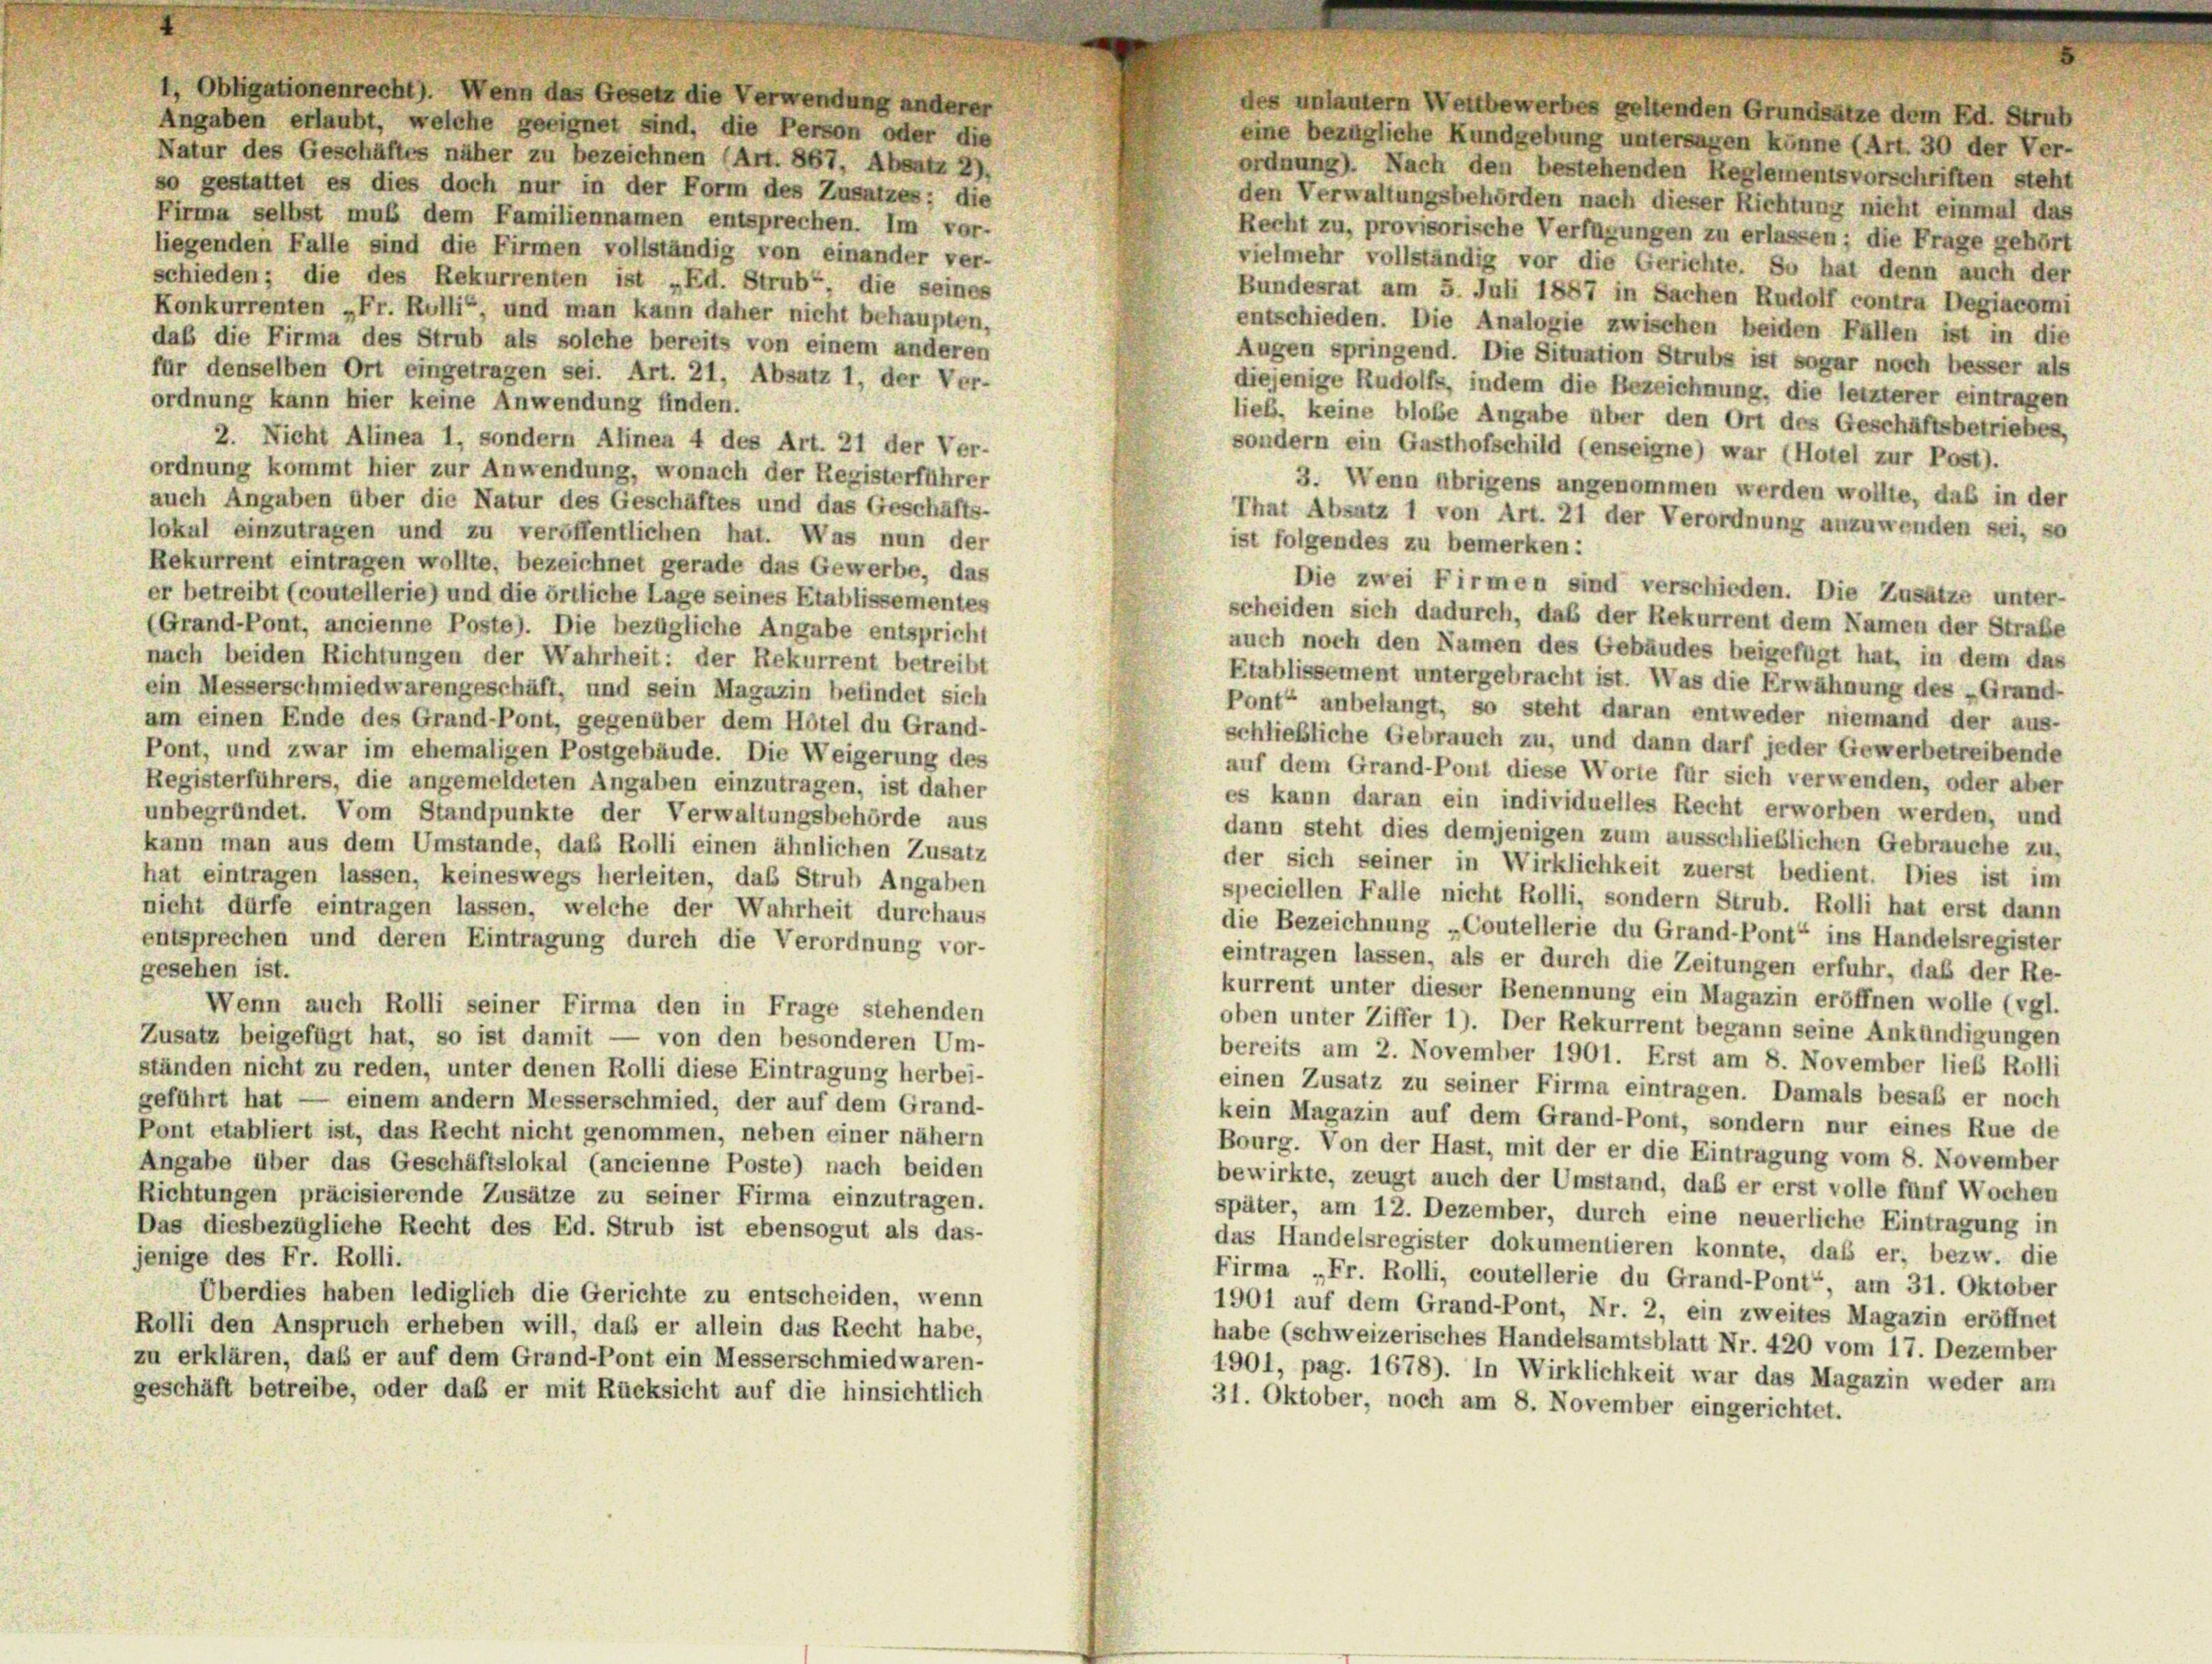
1, Obligationenrecht). Wenn das Gesetz die Verwendung anderer
Angaben erlaubt, welche geeignet sind, die Person oder die
Natur des Geschäftes näher zu bezeichnen (Art. 867, Absatz 2),
so gestattet es dies doch nur in der Form des Zusatzes: die
den Verwaltungsbehörden nach dieser Richtung nicht einmal das
Firma selbst muß dem Familiennamen entsprechen. Im vor-
Recht zu, provisorische Verfügungen zu erlassen; die Frage gehört
liegenden Falle sind die Firmen vollständig von einander ver-
vielmehr vollständig vor die Gerichte. So hat denn auch der
schieden; die des Rekurrenten ist „Ed. Strub“, die seines
Bundesrat am 5. Juli 1887 in Sachen Rudolf contra Degiacomi
Konkurrenten „Fr. Rulli“, und man kann daher nicht behaupten,
entschieden. Die Analogie zwischen beiden Fällen ist in die
daß die Firma des Strub als solche bereits von einem anderen
Augen springend. Die Situation Strubs ist sogar noch besser als
für denselben Ort eingetragen sei. Art. 21, Absatz 1, der Ver-
diejenige Rudolfs, indem die Bezeichnung, die letzterer eintragen
ordnung kann hier keine Anwendung finden.
lieb, keine blose Angabe über den Ort des Geschäftsbetriebes,
2. Nicht Alinea 1, sondern Afinea 4 des Art. 21 der Ver-
sondern ein Gasthofschild (enseigne) war (Hotel zur Post).
ordnung kommt hier zur Anwendung, wonach der Registerführer
3. Wenn übrigens angenommen werden wollte, daß in der
auch Angaben über die Natur des Geschäftes und das Geschäfts-
That Absatz 1 von Art. 21 der Verordnung anzuwenden sei, so
lokal einzutragen und zu veröffentlichen hat. Was nun der
ist folgendes zu bemerken:
Rekurrent eintragen wollte, bezeichnet gerade das Gewerbe, das
Die zwei Firmen sind verschieden. Die Zusätze unter-
er betreibt (coutellerie) und die örtliche Lage seines Etablissementes
scheiden sich dadurch, daß der Rekurrent dem Namen der Straße
(Grand-Pont, ancienne Poste). Die bezügliche Angabe entspricht
auch noch den Namen des Gebäudes beigefügt hat, in dem das
nach beiden Richtungen der Wahrheit: der Rekurrent betreibt
Etablissement untergebracht ist. Was die Erwähnung des „Grand-
ein Messerschmiedwarengeschäft, und sein Magazin befindet sich
Pont anbelangt, so steht daran entweder niemand der aus-
am einen Ende des Grand-Pont, gegenüber dem Hôtel du Grand-
schließliche Gebrauch zu, und dann darf jeder Gewerbetreibende
Pont, und zwar im ehemaligen Postgebäude. Die Weigerung des
auf dem Grand-Pout diese Worte für sich verwenden, oder aber
Registerführers, die angemeldeten Angaben einzutragen, ist daher
es kann daran ein individuelles Recht erworben werden, und
unbegründet. Vom Standpunkte der Verwaltungsbehörde aus
dann steht dies demjenigen zum ausschließlichen Gebrauche zu,
kann man aus dem Umstände, das Rolli einen ähnlichen Zusatz
der sich seiner in Wirklichkeit zuerst bedient. Dies ist im
hat eintragen lassen, keineswegs herleiten, das Strub Angaben
speciellen Falle nicht Rolli, sondern Strub. Rolli hat erst dann
nieht dürfe eintragen lassen, welche der Wahrheit durchaus
die Bezeichnung „Coutellerie du Grand-Pont“ ins Handelsregister
entsprechen und deren Eintragung durch die Verordnung vor-
eintragen lassen, als er durch die Zeitungen erfuhr, daß der Re-
gesehen ist.
kurrent unter dieser Benennung ein Magazin eröffnen wolle (vgl.
Wenn auch Rolli seiner Firma den in Frage stehenden
oben unter Ziffer 1). Der Rekurrent begann seine Ankündigungen
Zusatz beigefügt hat, so ist damit -
von den besonderen Um-
bereits am 2. November 1901. Erst am 8. November lieb Rolli
ständen nicht zu reden, unter denen Rolli diese Eintragung herbei-
einen Zusatz zu seiner Firma eintragen. Damals besaß er noch
geführt hat — einem andern Messerschmied, der auf dem Grand-
kein Magazin auf dem Grand-Pont, sondern nur eines Rue de
Pont etabliert ist, das Recht nicht genommen, neben einer nähern
Bourg. Von der Hast, mit der er die Eintragung vom 8. November
Angabe über das Geschäftslokal (ancienne Poste) nach beiden
bewirkte, zeugt auch der Umstand, daß er erst volle fünf Wochen
Richtungen präcisierende Zusätze zu seiner Firma einzutragen.
später, am 12. Dezember, durch eine neuerliche Eintragung in
Das diesbezügliche Recht des Ed. Strub ist ebensogut als das-
das Handelsregister dokumentieren konnte, daß er, bezw. die
jenige des Fr. Rolli.
Firma „Fr. Rolli, coutellerie du Grand-Pont“, am 31. Oktober
Überdies haben lediglich die Gerichte zu entscheiden, wenn
1901 auf dem Grand-Pont, Nr. 2, ein zweites Magazin eröffnet
Rolli den Anspruch erheben will, daß er allein das Recht habe,
habe (schweizerisches Handelsamtsblatt Nr. 420 vom 17. Dezember
zu erklären, daß er auf dem Grand-Pont ein Messerschmied waren-
1901, pag. 1678). In Wirklichkeit war das Magazin weder am
geschäft betreibe, oder daß er mit Rücksicht auf die hinsichtlich
31. Oktober, noch am 8. November eingerichtet.

des unlautern Wettbewerbes geltenden Grundsätze dem Ed. Strub
eine bezügliche Kundgebung untersagen könne (Art. 30 der Ver-
ordnung). Nach den bestehenden Reglementsvorschriften steht